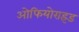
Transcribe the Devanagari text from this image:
ओफियोराइड